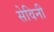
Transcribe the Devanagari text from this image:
सेविनी